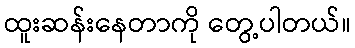
ထူးဆန်းနေတာကို တွေ့ပါတယ်။